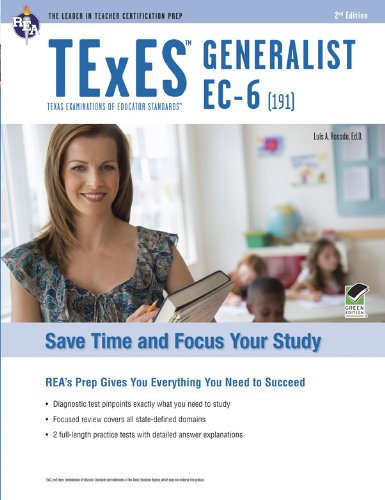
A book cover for TExES Generalist EC-6 (191) (TExES Teacher Certification Test Prep); Dr. Luis A. Rosado Ed.D.; Test Preparation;